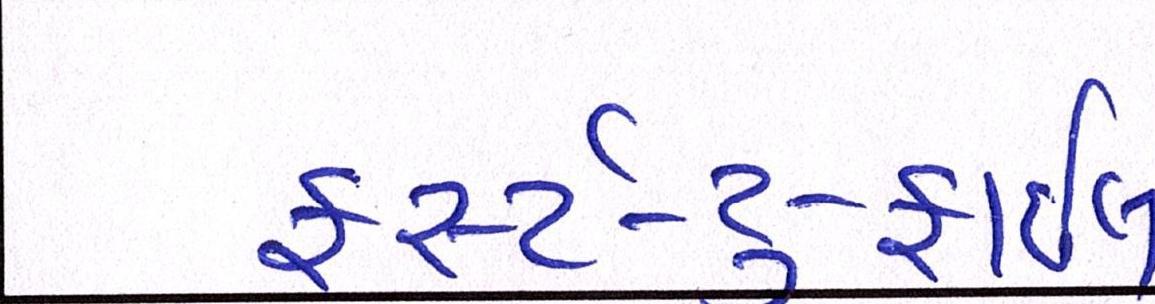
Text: ફર્સ્ટ-ટુ-ફાઇલ